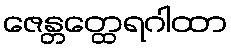
ဇေန္တတ္ထေရဂါထာ